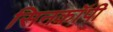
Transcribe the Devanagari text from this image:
सिनकाॅपी